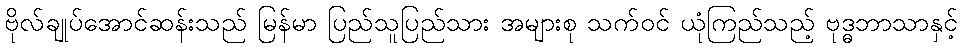
ဗိုလ်ချုပ်အောင်ဆန်းသည် မြန်မာ ပြည်သူပြည်သား အများစု သက်ဝင် ယုံကြည်သည့် ဗုဒ္ဓဘာသာနှင့်